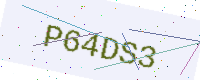
Text: P64DS3